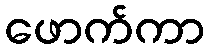
ဖောက်ကာ